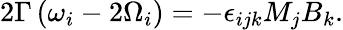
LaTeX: \begin{array}{r}{2\Gamma\left(\omega_{i}-2\Omega_{i}\right)=-\epsilon_{ijk}M_{j}B_{k}.}\end{array}